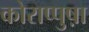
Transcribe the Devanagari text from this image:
कोराप्पुष़ा